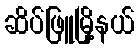
ဆိပ်ဖြူမြို့နယ်